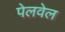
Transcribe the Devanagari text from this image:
पेलवेल